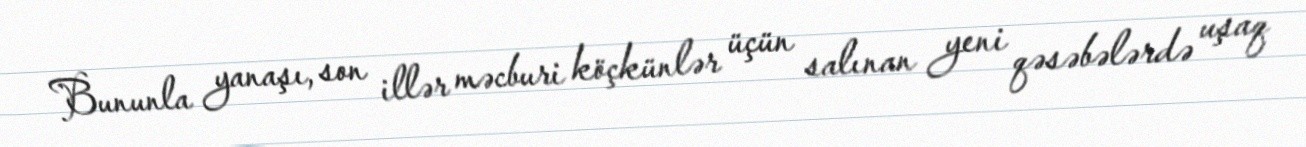
Bununla yanaşı, son illər məcburi köçkünlər üçün salınan yeni qəsəbələrdə uşaq